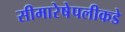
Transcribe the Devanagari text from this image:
सीमारेषेपलीकडे